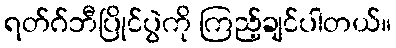
ရတ်ဂ်ဘီပြိုင်ပွဲကို ကြည့်ချင်ပါတယ်။